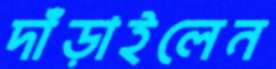
দাঁড়াইলেন